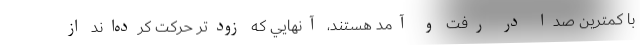
با كمترين صدا در رفت و آمد هستند، آنهايي كه زودتر حركت كرده‌اند از